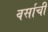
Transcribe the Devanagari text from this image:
वर्साची